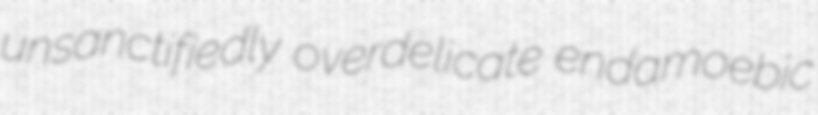
unsanctifiedly overdelicate endamoebic